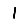
Digit: 1